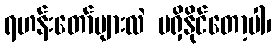
ရဟန်းတော်များလဲ မရှိနိုင်တော့ပါ၊